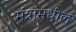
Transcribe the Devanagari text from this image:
मंत्रांमधील